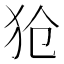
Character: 𪺷